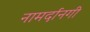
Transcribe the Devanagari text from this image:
नामर्दानगी